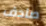
صادف